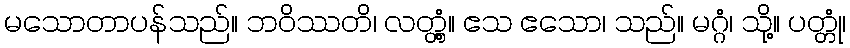
မသောတာပန်သည်။ ဘဝိဿတိ၊ လတ္တံ့။ ဧသ ဧသော၊ သည်။ မဂ္ဂံ၊ သို့။ ပတ္တုံ၊